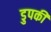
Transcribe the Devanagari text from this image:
डुपकी